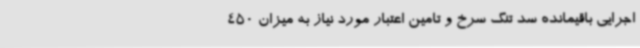
اجرایی باقیمانده سد تنگ سرخ و تامین اعتبار مورد نیاز به میزان 450